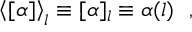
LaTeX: \left< [ \alpha ] \right> _ { l } \equiv [ \alpha ] _ { l } \equiv \alpha ( l ) ~ ~ ,